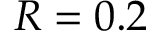
R = 0 . 2